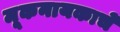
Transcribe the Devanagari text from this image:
मूकनायकाचे